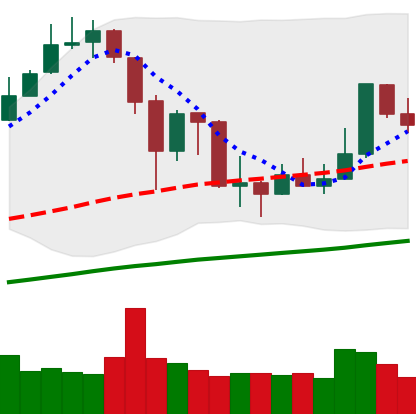
Ticker: XMR-USD
Chart end date: 2019-07-09
Forward return: -13.58%
Label: down_7plus